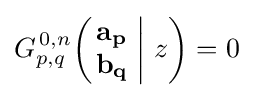
G_{p,q}^{\,0,n}\!\left(\left.{\begin{matrix}\mathbf {a_{p}} \\\mathbf {b_{q}} \end{matrix}}\;\right|\,z\right)=0